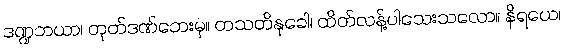
ဒဏ္ဍဘယာ၊ တုတ်ဒဏ်ဘေးမှ။ တသတိနုခေါ၊ ထိတ်လန့်ပါသေးသလော။ နိရယေ၊